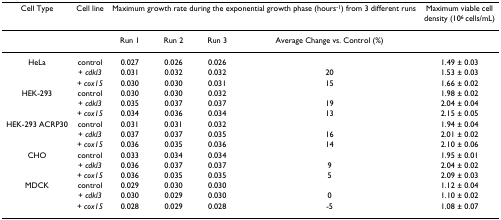
<table><thead><tr><td><b>Cell Type</b></td><td><b>Cell line</b></td><td colspan="4"><b>Maximum growth rate during the exponential growth phase (hours<sup>-1</sup>) from 3 different runs</b></td><td><b>Maximum viable cell density (10<sup>6 </sup>cells/mL)</b></td></tr></thead><tbody><tr><td></td><td></td><td>Run 1</td><td>Run 2</td><td>Run 3</td><td>Average Change vs. Control (%)</td><td></td></tr><tr><td>HeLa</td><td>control</td><td>0.027</td><td>0.026</td><td>0.026</td><td></td><td>1.49 ± 0.03</td></tr><tr><td></td><td>+ <i>cdkl3</i></td><td>0.031</td><td>0.032</td><td>0.032</td><td>20</td><td>1.53 ± 0.03</td></tr><tr><td></td><td>+ <i>cox15</i></td><td>0.030</td><td>0.030</td><td>0.031</td><td>15</td><td>1.66 ± 0.02</td></tr><tr><td>HEK-293</td><td>control</td><td>0.030</td><td>0.030</td><td>0.032</td><td></td><td>1.98 ± 0.02</td></tr><tr><td></td><td>+ <i>cdkl3</i></td><td>0.035</td><td>0.037</td><td>0.037</td><td>19</td><td>2.04 ± 0.04</td></tr><tr><td></td><td>+ <i>cox15</i></td><td>0.034</td><td>0.036</td><td>0.034</td><td>13</td><td>2.15 ± 0.05</td></tr><tr><td>HEK-293 ACRP30</td><td>control</td><td>0.031</td><td>0.031</td><td>0.032</td><td></td><td>1.94 ± 0.04</td></tr><tr><td></td><td>+ <i>cdkl3</i></td><td>0.037</td><td>0.037</td><td>0.035</td><td>16</td><td>2.01 ± 0.02</td></tr><tr><td></td><td>+ <i>cox15</i></td><td>0.036</td><td>0.035</td><td>0.036</td><td>14</td><td>2.10 ± 0.06</td></tr><tr><td>CHO</td><td>control</td><td>0.033</td><td>0.034</td><td>0.034</td><td></td><td>1.95 ± 0.01</td></tr><tr><td></td><td>+ <i>cdkl3</i></td><td>0.036</td><td>0.037</td><td>0.037</td><td>9</td><td>2.04 ± 0.02</td></tr><tr><td></td><td>+ <i>cox15</i></td><td>0.036</td><td>0.035</td><td>0.035</td><td>5</td><td>2.09 ± 0.03</td></tr><tr><td>MDCK</td><td>control</td><td>0.029</td><td>0.030</td><td>0.030</td><td></td><td>1.12 ± 0.04</td></tr><tr><td></td><td>+ <i>cdkl3</i></td><td>0.030</td><td>0.029</td><td>0.030</td><td>0</td><td>1.10 ± 0.02</td></tr><tr><td></td><td>+ <i>cox15</i></td><td>0.028</td><td>0.029</td><td>0.028</td><td>-5</td><td>1.08 ± 0.07</td></tr></tbody></table>